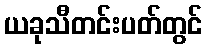
ယခုသီတင်းပတ်တွင်